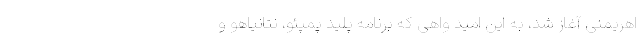
اهریمنی آغاز شد، به این امید واهی که برنامه پلید پمپئو، نتانیاهو و